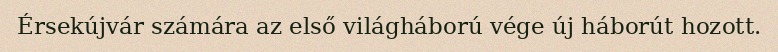
Érsekújvár számára az első világháború vége új háborút hozott.